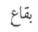
بقاع